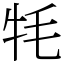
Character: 牦